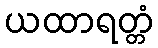
ယထာရတ္တံ